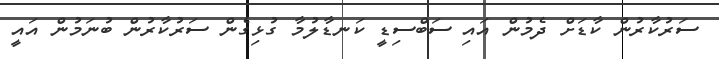
ސަރުކާރުން ކާޑަށް ދެމުން އައި ސަބްސިޑީ ކަނޑާލުމާ ގުޅިގެން ސަރުކާރުން ބުނަމުން އައީ